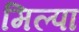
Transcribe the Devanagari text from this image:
मिल्पा